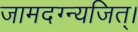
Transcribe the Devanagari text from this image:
जामदग्न्यजित्‌।